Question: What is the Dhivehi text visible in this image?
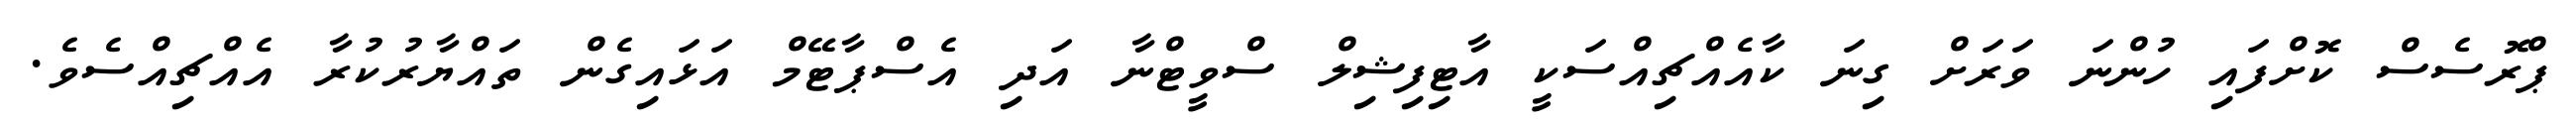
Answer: ޕްރޮސެސް ކޮށްފައި ހުންނަ ވަރަށް ގިނަ ކާއެއްޗިއްސަކީ އާޓިފިޝިލް ސްވީޓްނާ އަދި އެސްޕާޓޭމް އަޅައިގެން ތައްޔާރުކުރާ އެއްޗިއްސެވެ.